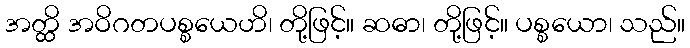
အတ္ထိ အဝိဂတပစ္စယေဟိ၊ တို့ဖြင့်။ ဆဓာ၊ တို့ဖြင့်။ ပစ္စယော၊ သည်။